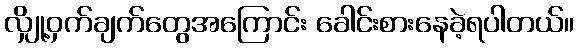
လျှို့ဝှက်ချက်တွေအကြောင်း ခေါင်းစားနေခဲ့ရပါတယ်။